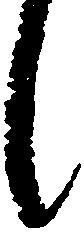
し